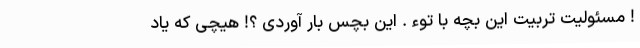
! مسئوليت تربيت اين بچه با توءِ . اين بچَس بار آوردى ؟! هيچى كه ياد